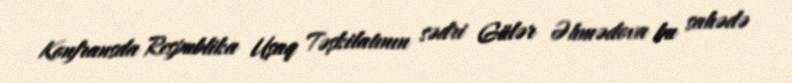
Konfransda Respublika Uşaq Təşkilatının sədri Gülər Əhmədova bu sahədə